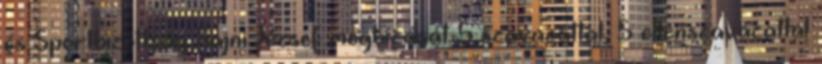
és Sportbizottság Sajni József megbízását 5 szavazattal, 5 ellenszavazattal